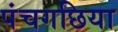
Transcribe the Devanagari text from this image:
पंचगछिया